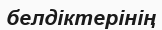
белдіктерінің